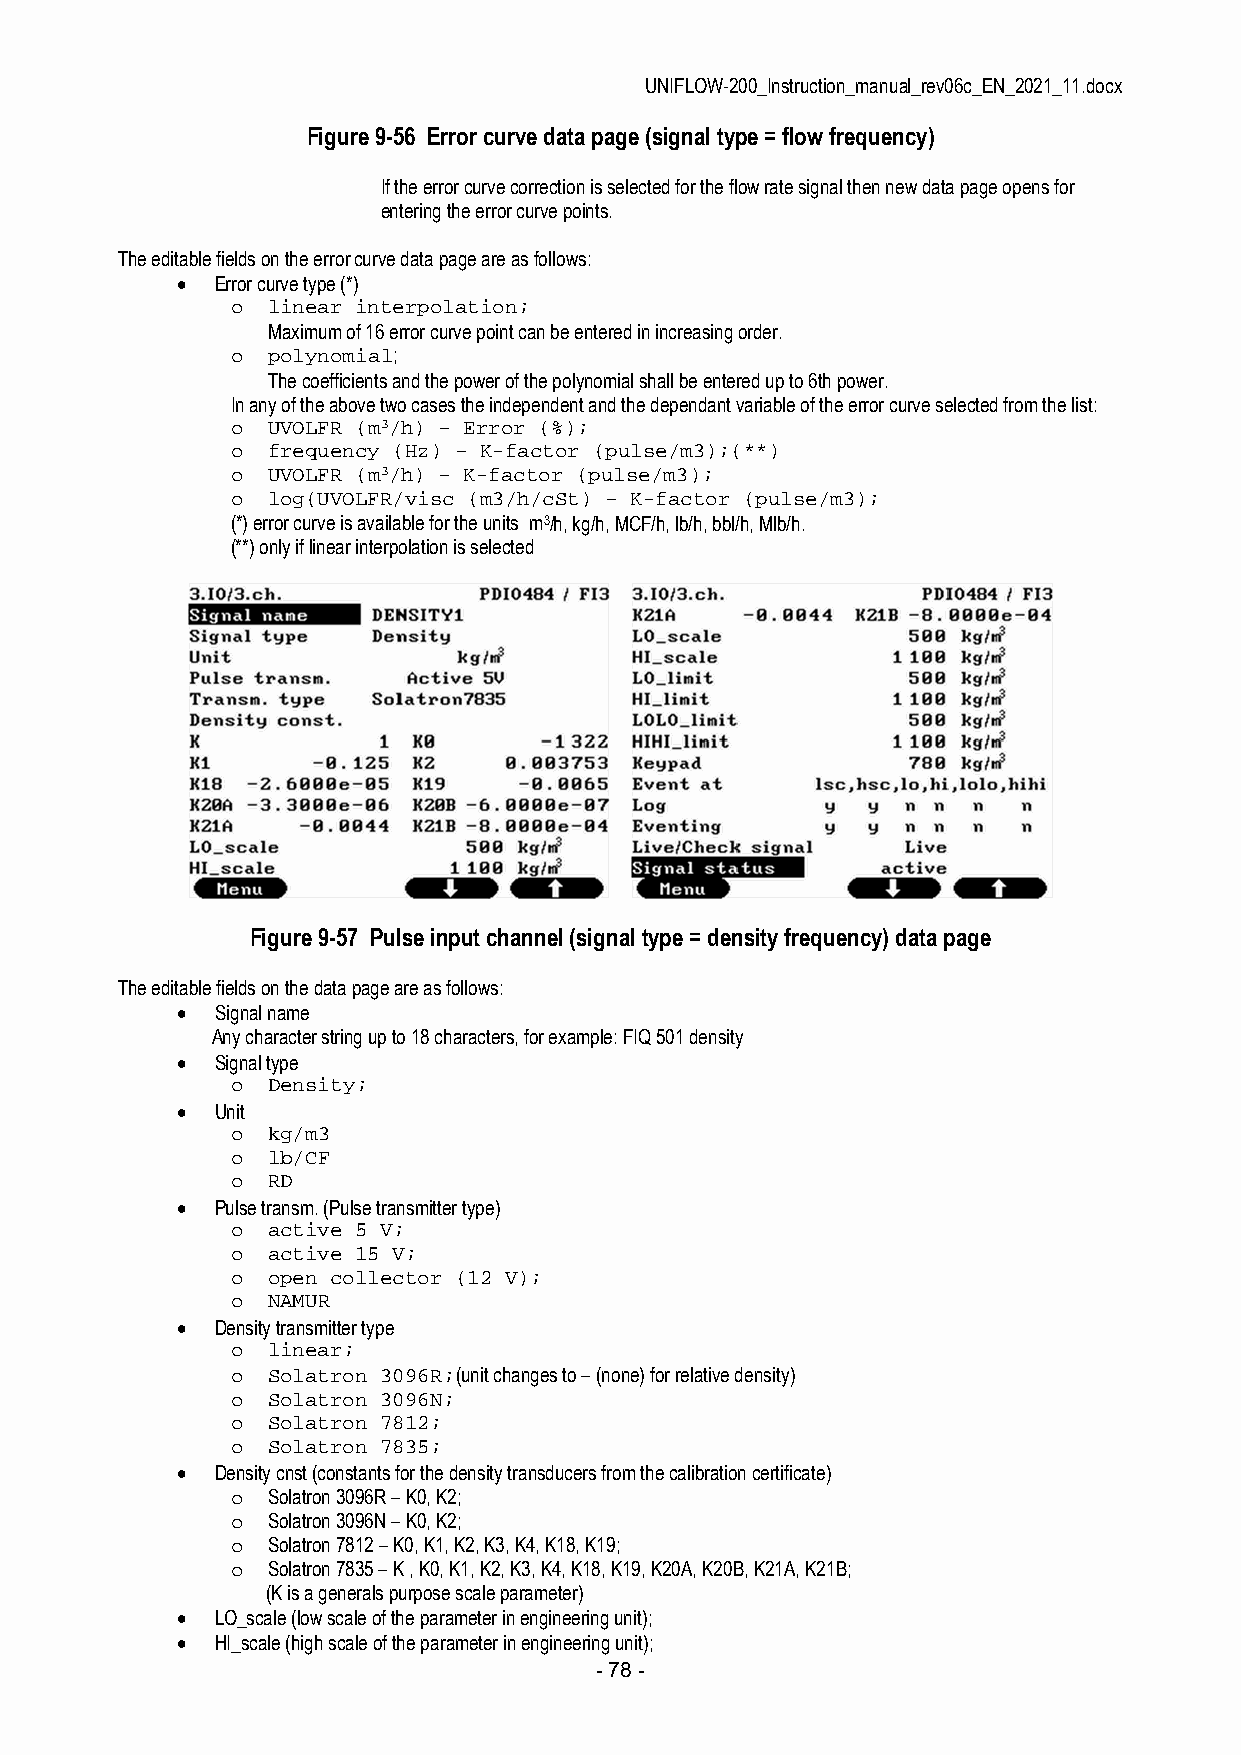
UNIFLOW-200_Instruction_manual_rev06c_EN_2021_11.docx
 Figure 9-56 Error curve data page (signal type = flow frequency)
 If the error curve correction is selected for the flow rate signal then new data page opens for
 entering the error curve points.
 The editable fields on the error curve data page are as follows:
  Error curve type (*)
 o  linear interpolation;
 Maximum of 16 error curve point can be entered in increasing order.
 o  polynomial;
 The coefficients and the power of the polynomial shall be entered up to 6th power.
 In any of the above two cases the independent and the dependant variable of the error curve selected from the list:
 o  UVOLFR (m3/h) – Error (%);
 o  frequency (Hz) – K-factor (pulse/m3);(**)
 o  UVOLFR (m3/h) – K-factor (pulse/m3);
 o  log(UVOLFR/visc (m3/h/cSt) – K-factor (pulse/m3);
 (*) error curve is available for the units m3/h, kg/h, MCF/h, lb/h, bbl/h, Mlb/h.
 (**) only if linear interpolation is selected
 Figure 9-57 Pulse input channel (signal type = density frequency) data page
 The editable fields on the data page are as follows:
  Signal name
 Any character string up to 18 characters, for example: FIQ 501 density
  Signal type
 o  Density;
  Unit
 o  kg/m3
 o  lb/CF
 o  RD
  Pulse transm. (Pulse transmitter type)
 o  active 5 V;
 o  active 15 V;
 o  open collector (12 V);
 o  NAMUR
  Density transmitter type
 o  linear;
 o  Solatron 3096R;(unit changes to – (none) for relative density)
 o  Solatron 3096N;
 o  Solatron 7812;
 o  Solatron 7835;
  Density cnst (constants for the density transducers from the calibration certificate)
 o  Solatron 3096R – K0, K2;
 o  Solatron 3096N – K0, K2;
 o  Solatron 7812 – K0, K1, K2, K3, K4, K18, K19;
 o  Solatron 7835 – K , K0, K1, K2, K3, K4, K18, K19, K20A, K20B, K21A, K21B;
 (K is a generals purpose scale parameter)
  LO_scale (low scale of the parameter in engineering unit);
  HI_scale (high scale of the parameter in engineering unit);
 - 78 -